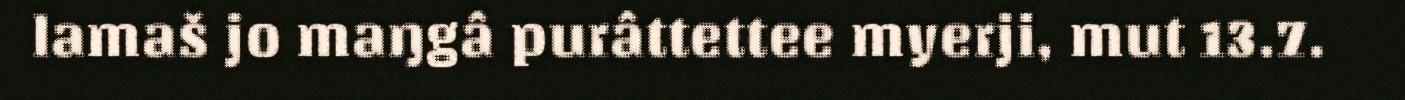
lamaš jo maŋgâ purâttettee myerji, mut 13.7.